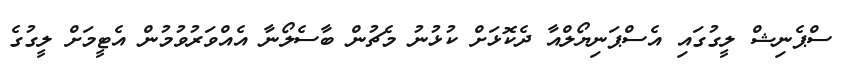
ސްޕެނިޝް ލީގުގައި އެސްޕަނިޔޯލްއާ ދެކޮޅަށް ކުޅުނު މެޗުން ބާސެލޯނާ އެއްވަރުވުމުން އެޓީމަށް ލީގުގެ